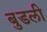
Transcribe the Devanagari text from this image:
बुडली